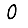
Digit: 0